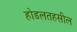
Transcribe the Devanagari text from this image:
होडलतहसील